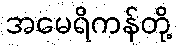
အမေရိကန်တို့